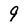
Character: 9